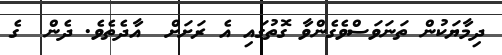
ދިމާޔަކުން ތަނަވަސްވެގެންވާ ގޮތުގައި އެ ރަށަށް  އާދެތެވެ. ދެން  ގެ